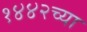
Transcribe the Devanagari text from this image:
१४४२च्या